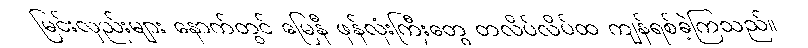
မြင်းလှည်းများ နောက်တွင် မြေနီ ဖုန်လုံးကြီးတွေ တလိပ်လိပ်ထ ကျန်ရစ်ခဲ့ကြသည်။